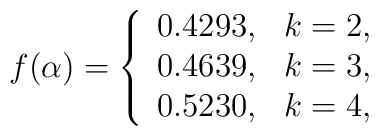
f(\alpha)=\left\{\begin{array}{cc}0.4293,& k=2,\\0.4639,&k=3,\\0.5230,&k=4,\\\end{array}\right.